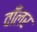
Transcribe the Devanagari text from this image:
वाँलर